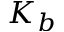
K _ { b }